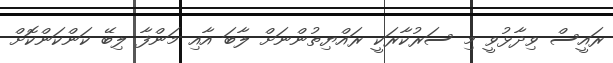
ރައީސް ވިދާޅުވީ މި ސަރުކާރަކީ ރައްޔިތުންނަށް ލާބަ އާއި މަންފާ ލިބޭ ކަންކަންކޮށް